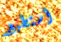
أستطيع